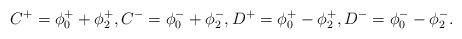
LaTeX: \begin{align*}C^+=\phi_{0}^++\phi_{2}^+,C^-=\phi_{0}^-+\phi_{2}^-,D^+=\phi_{0}^+-\phi_{2}^+,D^-=\phi_{0}^--\phi_{2}^-.\end{align*}